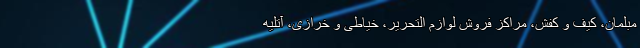
مبلمان، کیف و کفش، مراکز فروش لوازم التحریر، خیاطی و خرازی، آتلیه